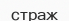
страж